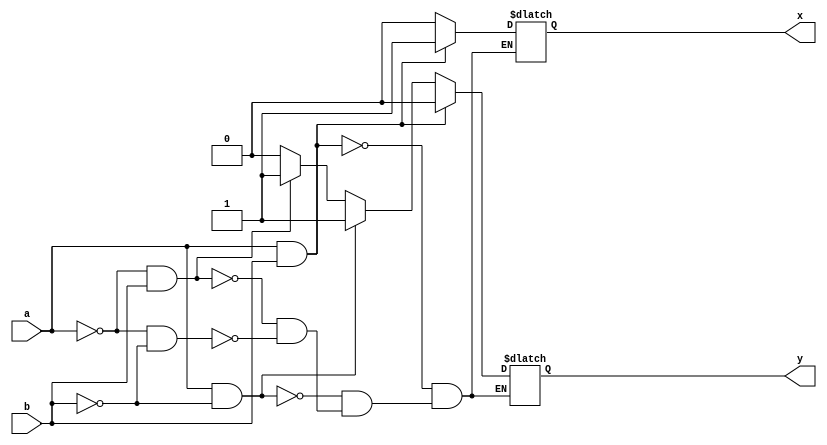
module half_be(a,b,y,x);
	input a,b;
	output reg y,x;
	always @ (a || b)
	begin
		if(a==1'b0 && b==1'b0)
			y=1'b0;
		if(a==1'b0 && b==1'b1)
			y=1'b1;
		if(a==1'b1 && b==1'b0)
			y=1'b1;
		if(a==1'b1 && b==1'b1)
			y=1'b0;
	end
	always @ (a || b)
	begin
		if(a==1'b0 && b==1'b0)
			x=1'b0;
		if(a==1'b0 && b==1'b1)
			x=1'b0;
		if(a==1'b1 && b==1'b0)
			x=1'b0;
		if(a==1'b1 && b==1'b1)
			x=1'b1;
	end
endmodule